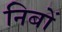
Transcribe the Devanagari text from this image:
निबों